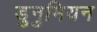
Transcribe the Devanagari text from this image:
डुनुमियन